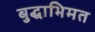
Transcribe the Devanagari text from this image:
बुद्धाभिमत